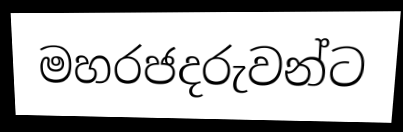
මහරජදරුවන්ට